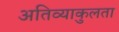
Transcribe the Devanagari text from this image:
अतिव्याकुलता